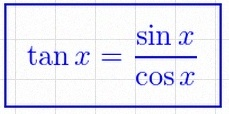
\tan x=\frac{\sin x}{\cos x}